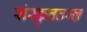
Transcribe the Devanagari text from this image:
संस्कृततज्ज्ञ